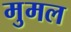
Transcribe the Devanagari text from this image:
मुमल